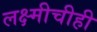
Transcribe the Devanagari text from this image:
लक्ष्मीचीही